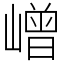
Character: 嶒